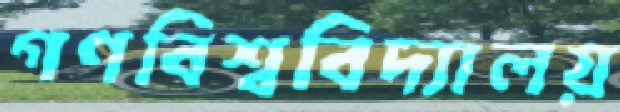
গণবিশ্ববিদ্যালয়